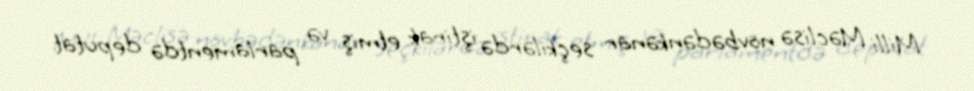
Milli Məclisə növbədənkənar seçkilərdə iştirak etmiş və parlamentdə deputat